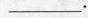
___.